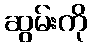
ဆွမ်းကို